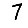
Digit: 7